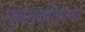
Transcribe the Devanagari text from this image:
गुबगुबीतपणा